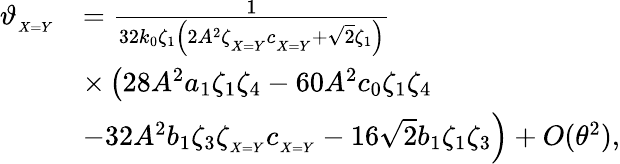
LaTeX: \begin{array}{rl}{\vartheta_{_{X=Y}}}&{=\frac{1}{32k_{0}\zeta_{1}\left(2A^{2}\zeta_{_{X=Y}}c_{_{X=Y}}+\sqrt{2}\zeta_{1}\right)}}\\ &{\times\left(28A^{2}a_{1}\zeta_{1}\zeta_{4}-60A^{2}c_{0}\zeta_{1}\zeta_{4}\right.}\\ &{\left.-32A^{2}b_{1}\zeta_{3}\zeta_{_{X=Y}}c_{_{X=Y}}-16\sqrt{2}b_{1}\zeta_{1}\zeta_{3}\right)+O(\theta^{2}),}\end{array}